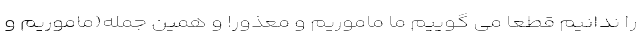
را ندانیم قطعا می گوییم ما ماموریم و معذور! و همین جمله(ماموریم و